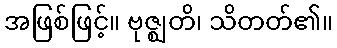
အဖြစ်ဖြင့်။ ဗုဇ္ဈတိ၊ သိတတ်၏။